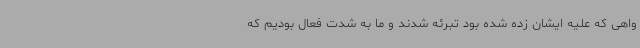
واهی که علیه ایشان زده شده بود تبرئه شدند و ما به شدت فعال بودیم که